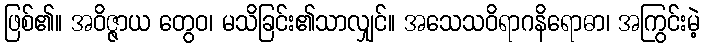
ဖြစ်၏။ အဝိဇ္ဇာယ တွေဝ၊ မသိခြင်း၏သာလျှင်။ အသေသဝိရာဂနိရောဓာ၊ အကြွင်းမဲ့